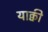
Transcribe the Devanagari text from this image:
याक्वी